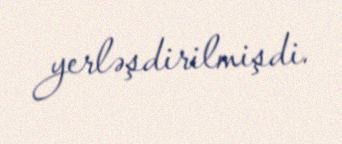
yerləşdirilmişdi.